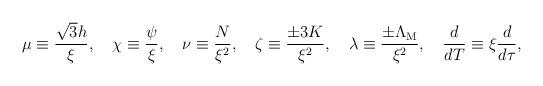
LaTeX: \begin{align*}\mu\equiv \frac{\sqrt3h}{\xi}, \quad\chi\equiv \frac{\psi}{\xi}, \quad\nu\equiv \frac{N}{\xi^2}, \quad\zeta\equiv \frac{\pm 3 K}{\xi^2}, \quad\lambda\equiv \frac{\pm \Lambda_{\rm M}}{\xi^2}, \quad\frac{d}{dT}\equiv \xi \frac{d}{d\tau},\end{align*}